system: You are a helpful assistant.
user:
Analyze the provided spectrum to determine if it is a **M-type Giant (gM)**.

A M-type Giant spectrum is defined by its **strong molecular absorption** features, particularly from **Titanium Oxide (TiO)**. You must check for one of the following mutually exclusive signatures:

- **Key Visual Indicators (Absorption-Dominated Spectrum):**

    - **(Primary):** The spectrum is dominated by strong molecular absorption from **Titanium Oxide (TiO)**. This is the **defining feature** of its M-type temperature class.
        - **(Key Bandheads):** Look for sharp, "saw-tooth" absorption valleys. The strongest are located near **~7050 Å**, **~6160 Å**, and **~5170 Å**.
        - **(Line Profile):** The "saw-tooth" morphology is critical: a **sharp, steep drop on the BLUE (short-wavelength) side** of the bandhead, followed by a gradual recovery (rising flux) towards the RED (long-wavelength) side.

    - **(Key Confirmation - Giant vs. Dwarf):** **ABSENCE** of strong **Calcium Hydride (CaH)** molecular bands. This is the primary diagnostic for *excluding* M-dwarfs.
        - **(Key Region):** The spectrum should lack the strong, broad absorption band seen in dwarfs between **~6800 Å and ~7000 Å**.

    - **(Secondary Confirmation - Giant):** A very strong and broad **Neutral Calcium (Ca I)** atomic absorption line.
        - **(Key Line):** Located at **~4226 Å**. In a giant (gM), this line is significantly deeper and broader than the same line in an M-dwarf (dM) due to low surface gravity.

    - **(Overall Spectrum):**
        - The continuum is **extremely red-sloping** (i.e., flux is very low in the blue and rises dramatically towards the red).
        - The entire spectrum appears "chopped up" by the deep TiO bands.

Think first, call **spectral_visualization_tool** if needed to examine features in detail, then provide your final answer. Your response must adhere to the following strict rules:
1.  **Overall Structure:** Your response must follow the format `<think>...</think> <tool_call>...</tool_call> (if a tool is used) <answer>...</answer>`.
2.  **Tool Usage Constraint:** You may only make **one** tool call per turn.
3.  **Final Answer Format:** In the `<answer>` tag, your conclusion must be inside a `\boxed{}` command (e.g., `\boxed{YES}` or `\boxed{NO}`), followed by your justification.

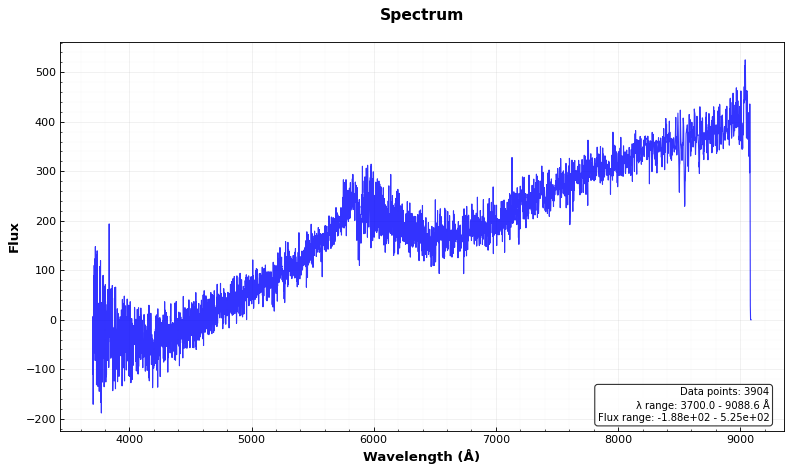
Answer: NO